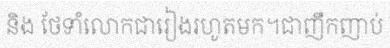
និង ថែទាំលោកជារៀងរហូតមក។ជាញឹកញាប់